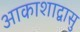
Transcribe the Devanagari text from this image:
आकाशाद्वासु